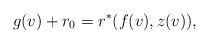
\begin{align*} g(v)+r_0=r^\ast(f(v),z(v)),\end{align*}